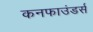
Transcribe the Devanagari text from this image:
कनफाउंडर्स